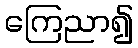
ကြေညာ၍